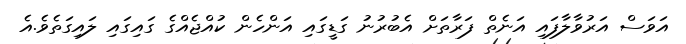
އަވަސް އަރުވާލާފައި އަނެތް ފަރާތަށް އެބުރުނު ގަޑީގައި އަންހެން ކުއްޖެއްގެ ގައިގައި ލައިގަތެވެ.އެ